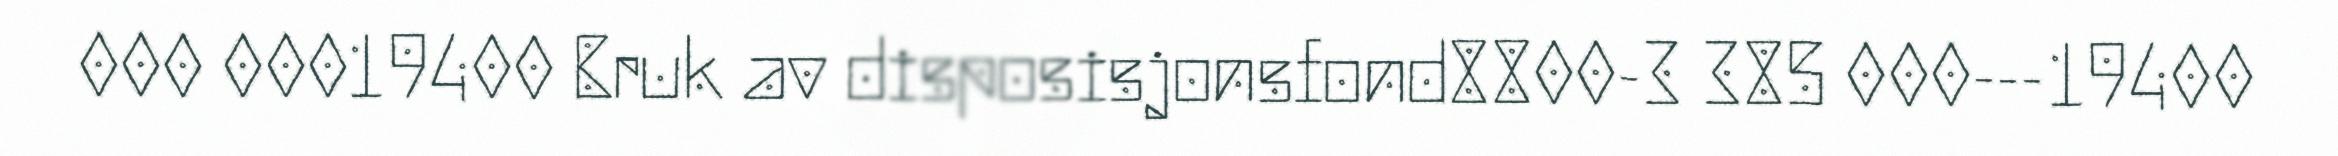
000 00019400 Bruk av disposisjonsfond8800-3 385 000---19400